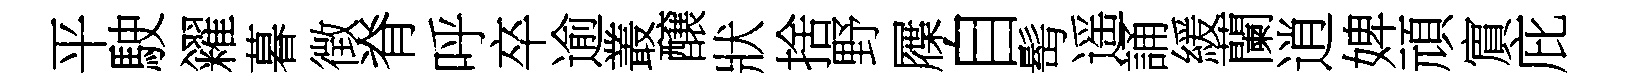
平駛糴暮徴脊呼卒逾叢醸狀捨野屧自髩遥誦緩蘭逍婢頑賔庇